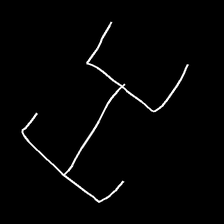
Glyph: entwine